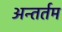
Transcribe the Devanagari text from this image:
अन्तर्तम